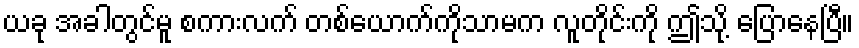
ယခု အခါတွင်မူ စကားလက် တစ်ယောက်ကိုသာမက လူတိုင်းကို ဤသို့ ပြောနေပြီ။